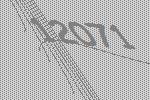
12071